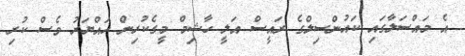
އެ މައްސަލާގައި ކައުންސިލްގެ ރައީސް އަލީ ހާޝިމް މީގެކުރިން ހައްޔަރު ވެސް ކުރި